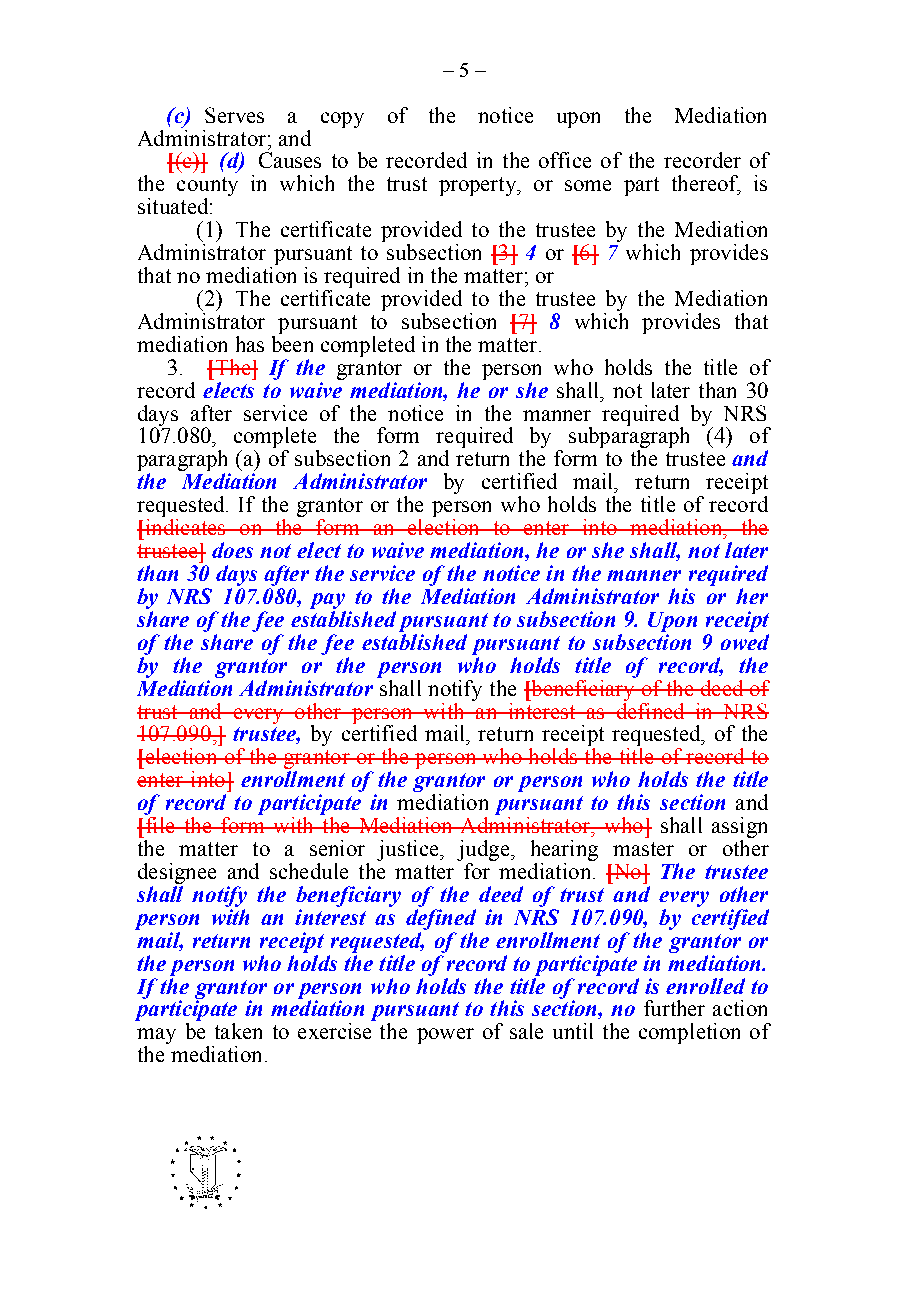
– 5 –
 (c) Serves a copy of the notice upon the Mediation
 Administrator; and
 [(c)] (d) Causes to be recorded in the office of the recorder of
 the county in which the trust property, or some part thereof, is
 situated:
 (1) The certificate provided to the trustee by the Mediation
 Administrator pursuant to subsection [3] 4 or [6] 7 which provides
 that no mediation is required in the matter; or
 (2) The certificate provided to the trustee by the Mediation
 Administrator pursuant to subsection [7] 8 which provides that
 mediation has been completed in the matter.
 3. [The] If the grantor or the person who holds the title of
 record elects to waive mediation, he or she shall, not later than 30
 days after service of the notice in the manner required by NRS
 107.080, complete the form required by subparagraph (4) of
 paragraph (a) of subsection 2 and return the form to the trustee and
 the Mediation Administrator by certified mail, return receipt
 requested. If the grantor or the person who holds the title of record
 [indicates on the form an election to enter into mediation, the
 trustee] does not elect to waive mediation, he or she shall, not later
 than 30 days after the service of the notice in the manner required
 by NRS 107.080, pay to the Mediation Administrator his or her
 share of the fee established pursuant to subsection 9. Upon receipt
 of the share of the fee established pursuant to subsection 9 owed
 by the grantor or the person who holds title of record, the
 Mediation Administrator shall notify the [beneficiary of the deed of
 trust and every other person with an interest as defined in NRS
 107.090,] trustee, by certified mail, return receipt requested, of the
 [election of the grantor or the person who holds the title of record to
 enter into] enrollment of the grantor or person who holds the title
 of record to participate in mediation pursuant to this section and
 [file the form with the Mediation Administrator, who] shall assign
 the matter to a senior justice, judge, hearing master or other
 designee and schedule the matter for mediation. [No] The trustee
 shall notify the beneficiary of the deed of trust and every other
 person with an interest as defined in NRS 107.090, by certified
 mail, return receipt requested, of the enrollment of the grantor or
 the person who holds the title of record to participate in mediation.
 If the grantor or person who holds the title of record is enrolled to
 participate in mediation pursuant to this section, no further action
 may be taken to exercise the power of sale until the completion of
 the mediation.
 -